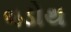
વડોથ